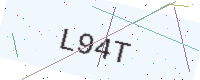
Text: L94T